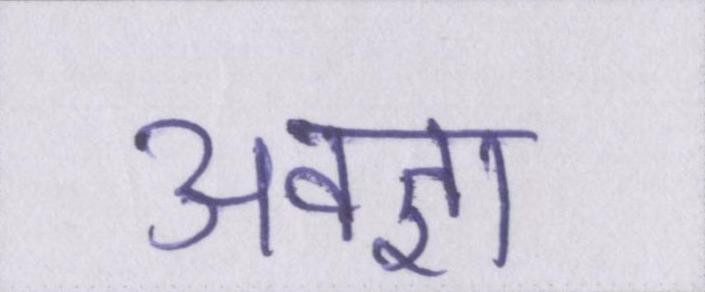
अवज्ञा